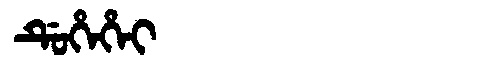
Manchu: ᡩᡠᡥᡝᡥᡝᡳ
Romanization: DUHEHEI